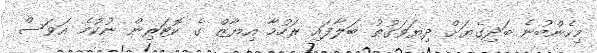
މިހެންބުނެ ބަދިގެޔަށް ދިޔަވަގުތު ބަލާފައި ރަހުމާ އިޔާޒް ގެ ކޮޓަރިން ނުކުމެ އަވަސް